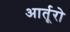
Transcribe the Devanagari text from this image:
आर्तूरो